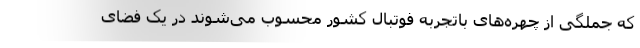
که جملگی از چهره‌های باتجربه فوتبال کشور محسوب می‌شوند در یک فضای